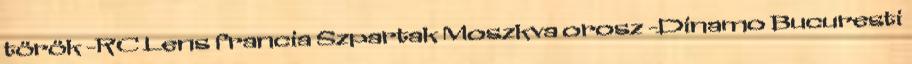
török -RC Lens francia Szpartak Moszkva orosz -Dinamo Bucuresti